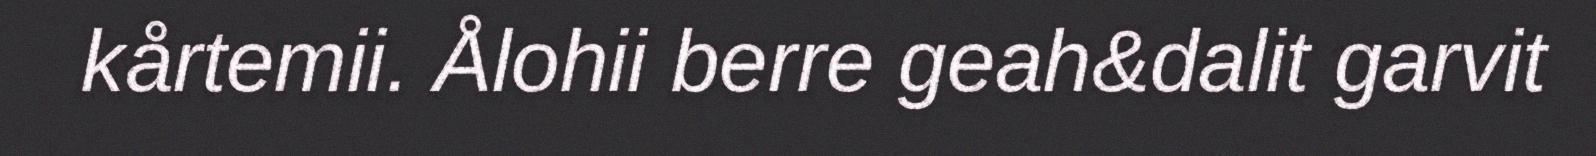
kårtemii. Ålohii berre geah&dalit garvit